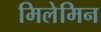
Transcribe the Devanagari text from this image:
मिलेमिन